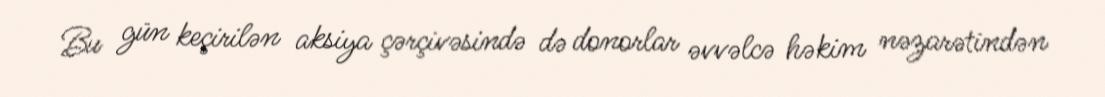
Bu gün keçirilən aksiya çərçivəsində də donorlar əvvəlcə həkim nəzarətindən